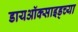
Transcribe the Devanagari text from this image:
डायऑक्साइड्च्या